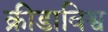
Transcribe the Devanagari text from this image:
क्रीडाविश्व